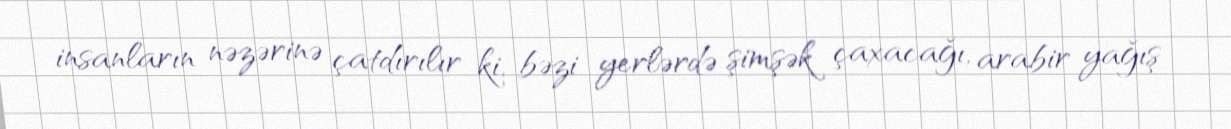
insanların nəzərinə çatdırılır ki, bəzi yerlərdə şimşək çaxacağı, arabir yağış